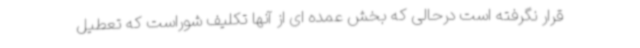
قرار نگرفته است درحالی که بخش عمده ای از آنها تکلیف شوراست که تعطیل